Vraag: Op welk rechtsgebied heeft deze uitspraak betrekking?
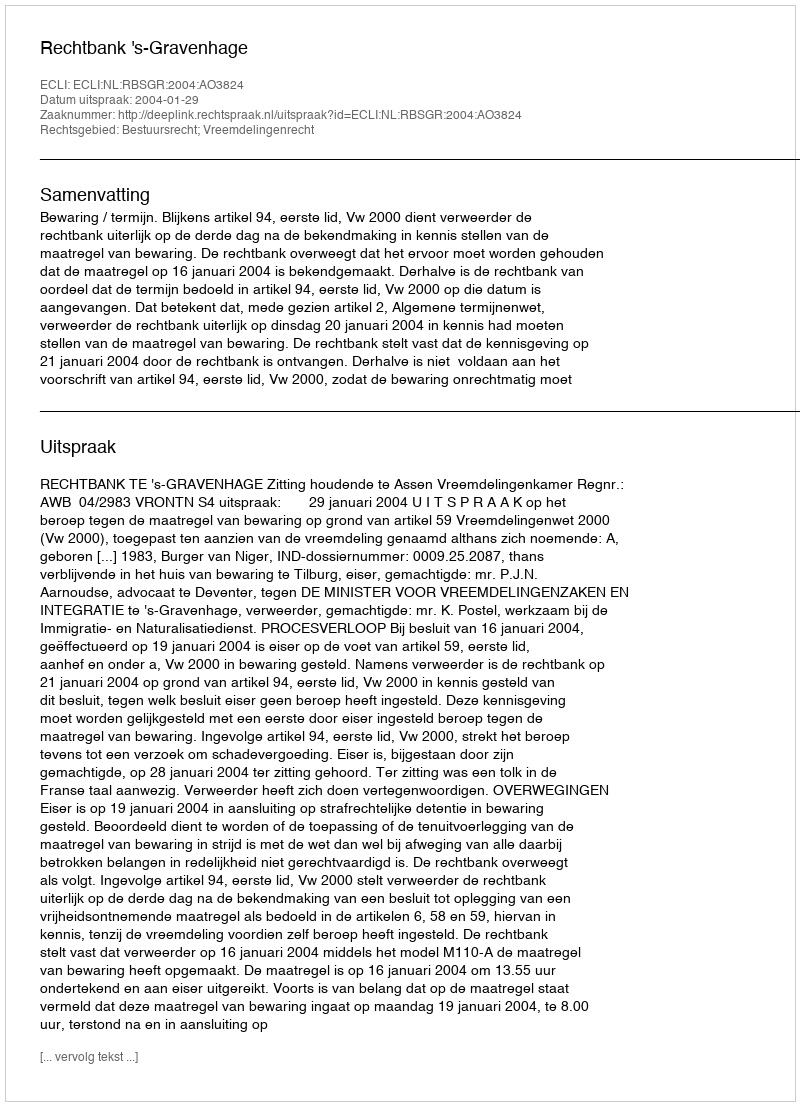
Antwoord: Bestuursrecht; Vreemdelingenrecht